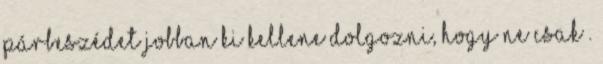
párbeszédet jobban ki kellene dolgozni, hogy ne csak .